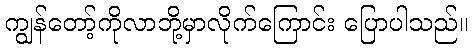
ကျွန်တော့်ကိုလာဘို့မှာလိုက်ကြောင်း ပြောပါသည်။